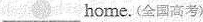
___ home. (金国高考)